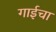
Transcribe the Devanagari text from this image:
गाईचा